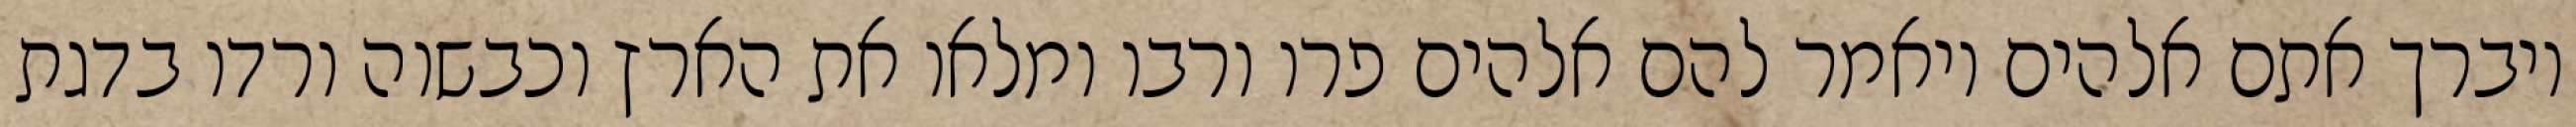
ויברך אתם אלהים ויאמר להם אלהים פרו ורבו ומלאו את הארץ וכבשוה ורדו בדגת